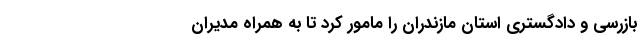
بازرسی و دادگستری استان مازندران را مامور کرد تا به همراه مدیران